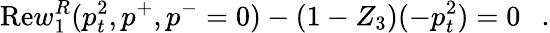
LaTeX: \mathrm{Re}w_{1}^{R}(p_{t}^{2},p^{+},p^{-}=0)-(1-Z_{3})(-p_{t}^{2})=0~~~.